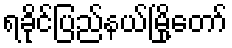
ရခိုင်ပြည်နယ်မြို့တော်